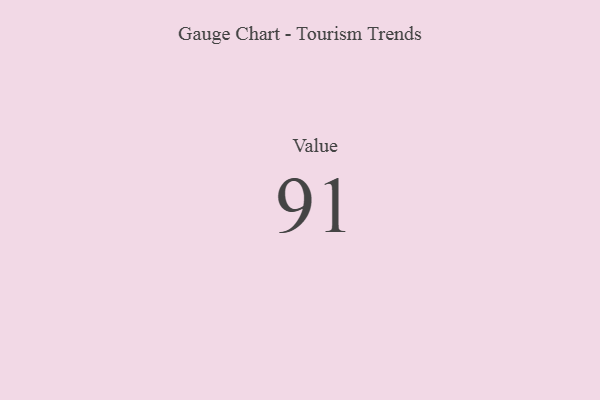
{"axis": {"x": "Metric", "y": "Value"}, "legend": [""], "data": [{"x": "Value", "y": 91, "type": ""}]}